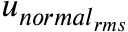
u _ { { n o r m a l } _ { r m s } }